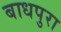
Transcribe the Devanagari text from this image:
बाधपुरा